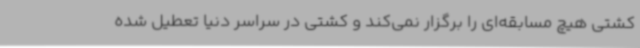
کشتی هیچ مسابقه‌ای را برگزار نمی‌کند و کشتی در سراسر دنیا تعطیل شده